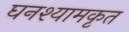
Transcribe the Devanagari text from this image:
घनश्यामकृत